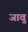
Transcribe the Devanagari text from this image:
जावु